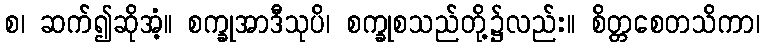
စ၊ ဆက်၍ဆိုအံ့။ စက္ခုအာဒီသုပိ၊ စက္ခုစသည်တို့၌လည်း။ စိတ္တစေတသိကာ၊